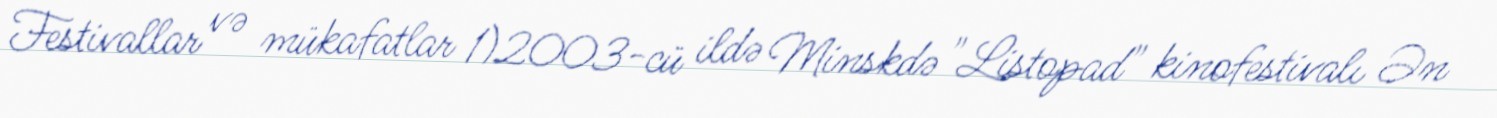
Festivallar və mükafatlar 1)2003-cü ildə Minskdə "Listopad" kinofestivalı Ən